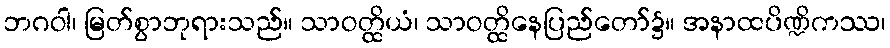
ဘဂဝါ၊ မြတ်စွာဘုရားသည်။ သာဝတ္ထိယံ၊ သာဝတ္ထိနေပြည်တော်၌။ အနာထပိဏ္ဍိကဿ၊